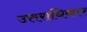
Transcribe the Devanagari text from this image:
उत्तराधिकार